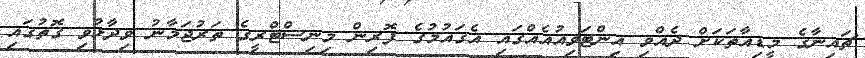
ޗައިނާގެ މީޑިއާތަކަށް ދެއްވި އިންޓަވިއުއެއްގައި އެގައުމުގެ ފޮރިން މިނިސްޓްރީގެ ތަރުޖަމާނު ވިދާޅުވި ގޮތުގައި